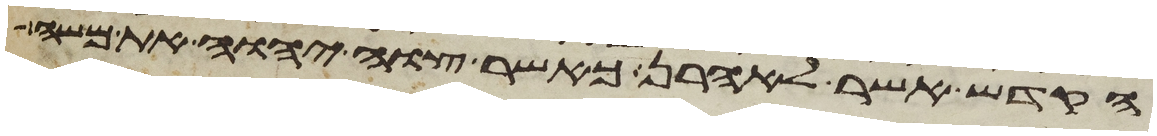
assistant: הקדש אשר לאהרן כאשר צוה יהוה את משה